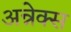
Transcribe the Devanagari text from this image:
अन्नेक्स